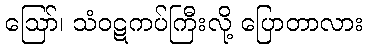
ဪ၊ သံဝဋကပ်ကြီးလို့ ပြောတာလား